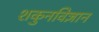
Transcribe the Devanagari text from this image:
शकुनविज्ञान